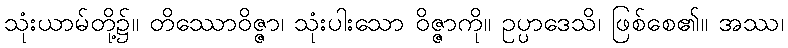
သုံးယာမ်တို့၌။ တိဿောဝိဇ္ဇာ၊ သုံးပါးသော ဝိဇ္ဇာကို။ ဥပ္ပာဒေသိ၊ ဖြစ်စေ၏။ အဿ၊